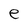
Character: e